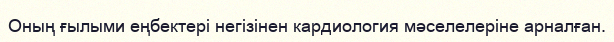
Оның ғылыми еңбектері негізінен кардиология мәселелеріне арналған.